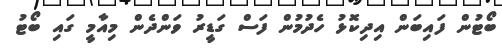
ބޯޓުން ފައިބަން އިދިކޮޅު ހެދުމުން ފަސް ގަޑީރު ވަންދެން މިއާމީ ގައި ބޯޓު